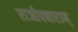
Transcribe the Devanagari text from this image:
राजोपचारान्